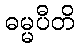
ဓမ္မပီတိ